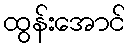
ထွန်းအောင်